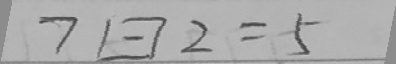
7 \boxed { - } 2 = 5